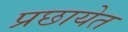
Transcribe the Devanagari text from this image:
प्रछायेत